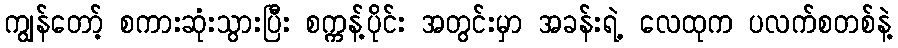
ကျွန်တော့် စကားဆုံးသွားပြီး စက္ကန့်ပိုင်း အတွင်းမှာ အခန်းရဲ့ လေထုက ပလက်စတစ်နဲ့